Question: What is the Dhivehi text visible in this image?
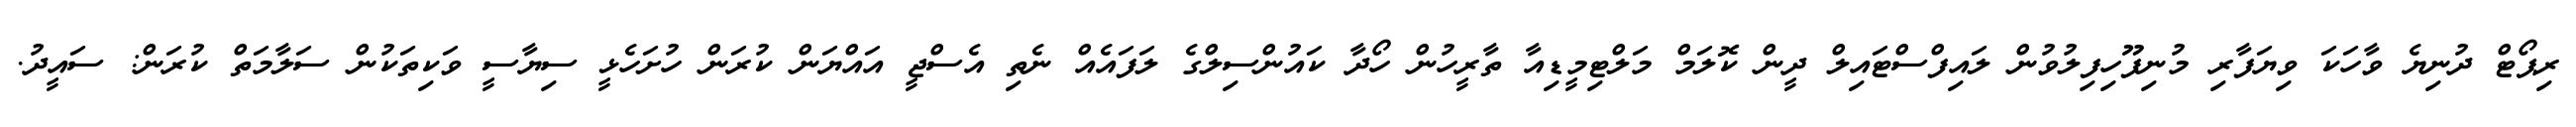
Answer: ރިޕޯޓް ދުނިޔެ ވާހަކަ ވިޔަފާރި މުނިފޫހިފިލުވުން ލައިފްސްޓައިލް ދީން ކޮލަމް މަލްޓިމީޑިއާ ތާރީހުން ހޯދާ ކައުންސިލްގެ ލަފައެއް ނެތި އެސްޖީ އައްޔަން ކުރަން ހުށަހެޅީ ސިޔާސީ ވަކިތަކުން ސަލާމަތް ކުރަން: ސައީދު.